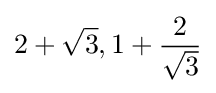
2+{\sqrt {3}},1+{\frac {2}{\sqrt {3}}}